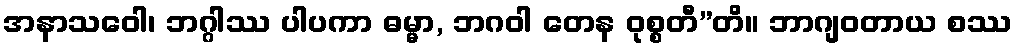
အနာသဝေါ၊ ဘဂ္ဂါဿ ပါပကာ ဓမ္မာ, ဘဂဝါ တေန ဝုစ္စတီ”တိ။ ဘာဂျဝတာယ စဿ